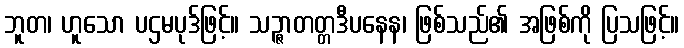
ဘူတ၊ ဟူသော ပဌမပုဒ်ဖြင့်။ သဉ္ဇာတတ္တဒီပနေန၊ ဖြစ်သည်၏ အဖြစ်ကို ပြသဖြင့်။